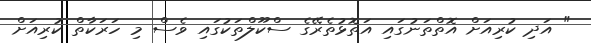
" އަދި ކުރިއަށް އޮތްތަނުގައި އަތޮޅުތެރޭގެ ސްކޫލްތަކުގައި ވެސް މި ހަރަކާތް ކުރިއަށް